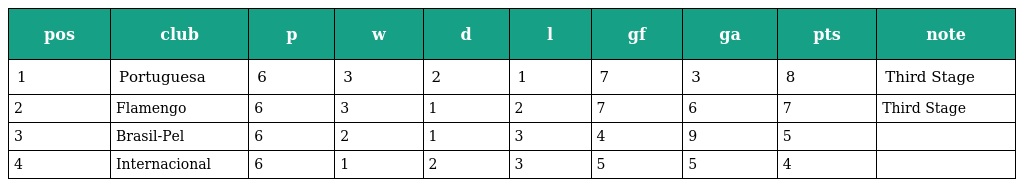
| pos | club | p | w | d | l | gf | ga | pts | note |
 | --- | --- | --- | --- | --- | --- | --- | --- | --- | --- |
 | 1 | Portuguesa | 6 | 3 | 2 | 1 | 7 | 3 | 8 | Third Stage |
 | 2 | Flamengo | 6 | 3 | 1 | 2 | 7 | 6 | 7 | Third Stage |
 | 3 | Brasil-Pel | 6 | 2 | 1 | 3 | 4 | 9 | 5 |  |
 | 4 | Internacional | 6 | 1 | 2 | 3 | 5 | 5 | 4 |  |